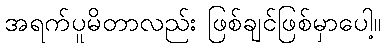
အရက်ပူမိတာလည်း ဖြစ်ချင်ဖြစ်မှာပေါ့။